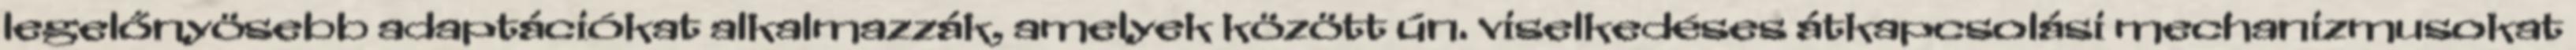
legelőnyösebb adaptációkat alkalmazzák, amelyek között ún. viselkedéses átkapcsolási mechanizmusokat